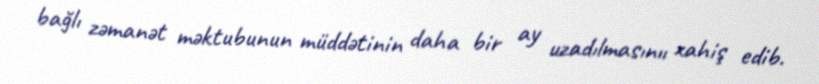
bağlı zəmanət məktubunun müddətinin daha bir ay uzadılmasınıı xahiş edib.